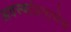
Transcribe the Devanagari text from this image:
अवस्थांप्रमाणेच